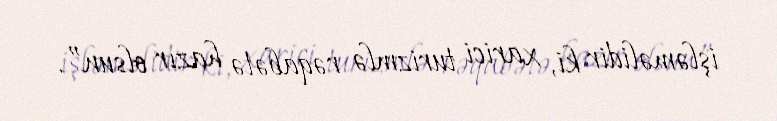
işləməlidir ki, xarici turizmlə rəqabətə hazır olsun”.